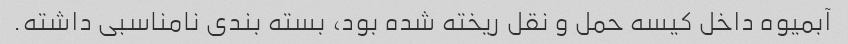
آبمیوه داخل کیسه حمل و نقل ریخته شده بود، بسته بندی نامناسبی داشته.